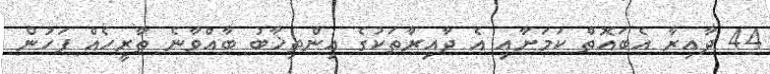
44 ދާއިރާ އެބައޮތް ކަމަށާއި އެ ދާއިރާތަކުގެ އިންތިޚާބު ބާއްވާނެ ތާރީހެއް ފަހުން